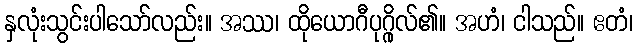
နှလုံးသွင်းပါသော်လည်း။ အဿ၊ ထိုယောဂီပုဂ္ဂိုလ်၏။ အဟံ၊ ငါသည်။ ဧတံ၊